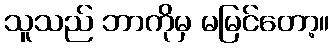
သူသည် ဘာကိုမှ မမြင်တော့။